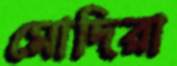
মোদিরা